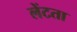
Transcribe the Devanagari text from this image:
लेंटता